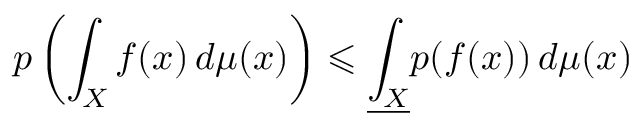
p \left( \int _ { X } f ( x ) \, d \mu ( x ) \right) \leqslant { \underline { { \int _ { X } } } } p ( f ( x ) ) \, d \mu ( x )